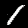
Label: 1